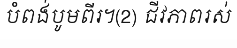
បំពង់បូមពីរ។(2) ជីវភាពរស់